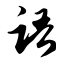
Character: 语